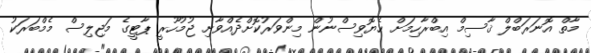
މާތް އޮނަރަބްލް ޤާސިމް އިބްރާހިމަށް ހެޔޮވިސްނުން މިންވަރުކޮށްދެއްވާށި ޖުމުހޫރީ ޕާޓީގެ މަޖިލިސް މެމްބަރަކު